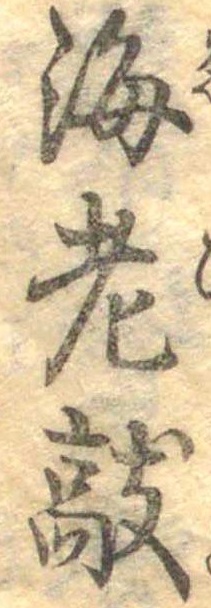
海老敲